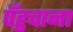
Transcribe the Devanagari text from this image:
पँहुचाना